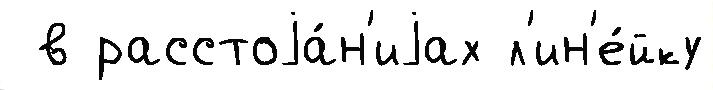
 в расстоjа́н'иjах л'ин'е́йку